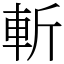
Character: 斬